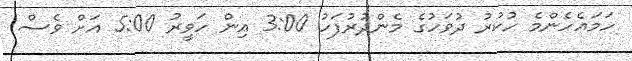
ހަމައެހެންމެ ހުކުރު ދުވަހުގެ މެންދުރުފަހު 3:00 އިން ހަވީރު 5:00 އަށް ވެސް